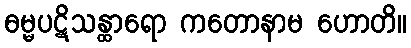
ဓမ္မပဋိသန္ထာရော ကတောနာမ ဟောတိ။